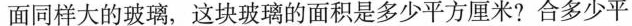
面同样大的玻璃，这块玻璃的面积是多少平方厘米?合多少平